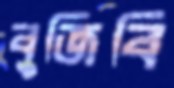
বুজিবি